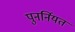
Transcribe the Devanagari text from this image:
पुनर्नियत